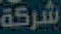
شركة